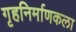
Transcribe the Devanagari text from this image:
गृहनिर्माणकला